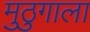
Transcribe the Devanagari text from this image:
मुठुगाला